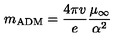
m _ { \mathrm { A D M } } = \frac { 4 \pi v } { e } \frac { \mu _ { \infty } } { \alpha ^ { 2 } }